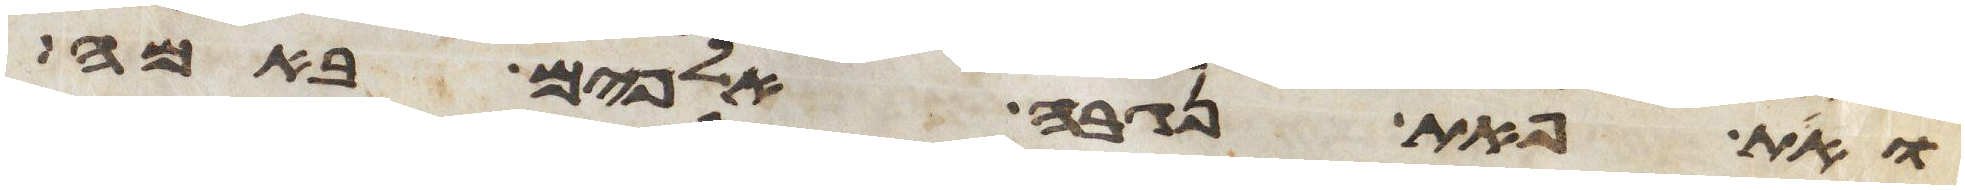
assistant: ואת פאת נגבה אלפים באמה